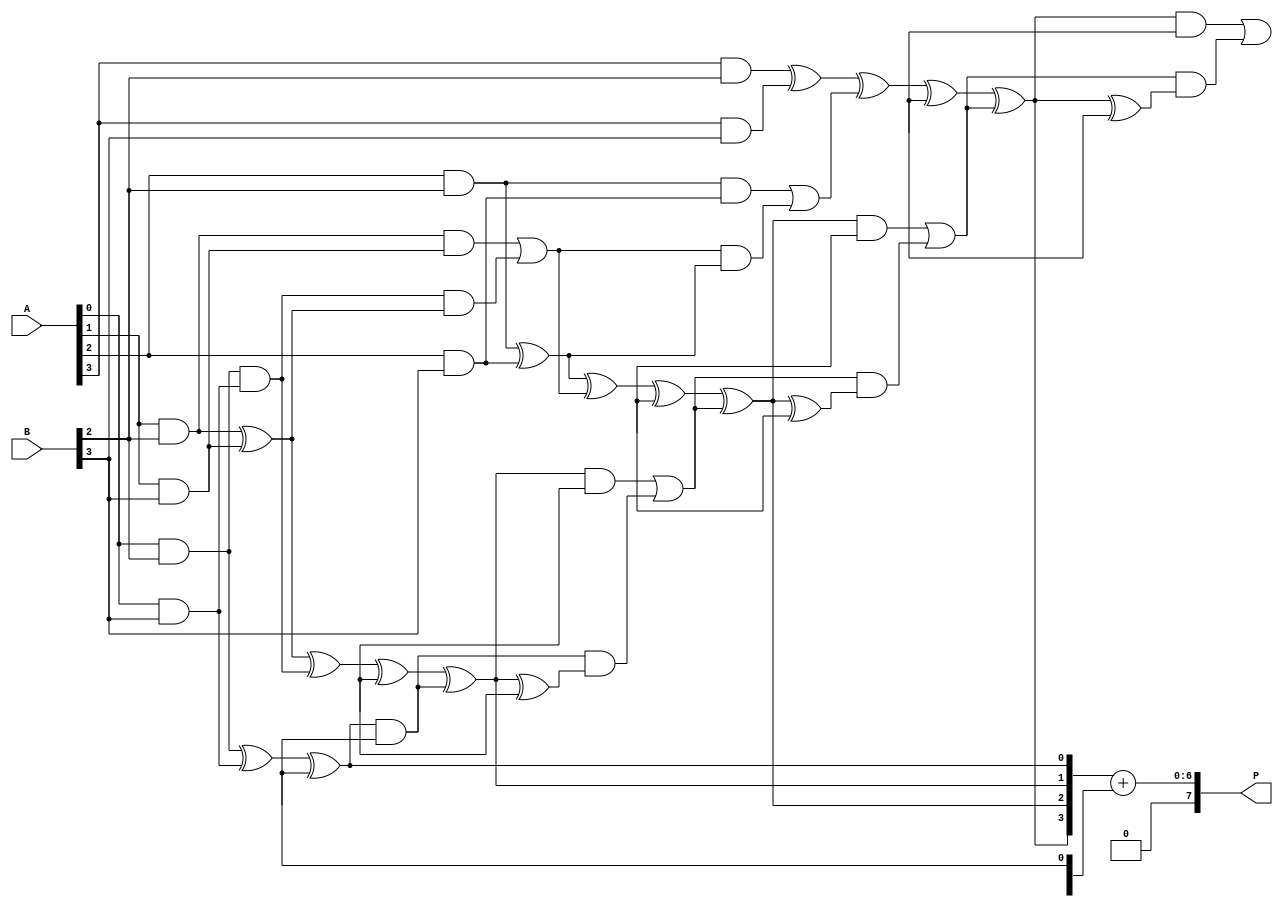
module dadda_multiplier #(parameter N = 4) (
    input [N-1:0] A, // Multiplicand
    input [N-1:0] B, // Multiplier
    output [2*N-1:0] P // Product
);
    // Intermediate signals for partial products
    wire [N-1:0] pp[N-1:0]; // Partial products
    wire [N:0] sum[N-1:0]; // Sum outputs
    wire [N:0] carry[N-1:0]; // Carry outputs

    // Generate partial products
    genvar i, j;
    generate
        for (i = 0; i < N; i = i + 1) begin : gen_pp
            for (j = 0; j < N; j = j + 1) begin : pp_gen
                assign pp[i][j] = A[j] & B[i];
            end
        end
    endgenerate

    // Dadda reduction stages
    // Stage 1: Combine bits to reduce rows
    generate
        for (i = 0; i < N-1; i = i + 1) begin : stage1
            if (i % 2 == 0) begin
                assign sum[i][0] = pp[i][0] ^ pp[i+1][0];
                assign carry[i][0] = pp[i][0] & pp[i+1][0];
            end else begin
                assign sum[i][0] = pp[i][0];
                assign carry[i][0] = 0;
            end
            for (j = 1; j < N; j = j + 1) begin : stage1_inner
                assign sum[i][j] = pp[i][j] ^ pp[i+1][j] ^ carry[i][j-1];
                assign carry[i][j] = (pp[i][j] & pp[i+1][j]) | (carry[i][j-1] & (pp[i][j] ^ pp[i+1][j]));
            end
        end
    endgenerate

    // Stage 2: Combine bits again
    generate
        for (i = 0; i < N-1; i = i + 1) begin : stage2
            if (i % 2 == 0) begin
                assign sum[i][0] = sum[i][0] ^ sum[i+1][0];
                assign carry[i][0] = sum[i][0] & sum[i+1][0];
            end else begin
                assign sum[i][0] = sum[i][0];
                assign carry[i][0] = 0;
            end
            for (j = 1; j < N; j = j + 1) begin : stage2_inner
                assign sum[i][j] = sum[i][j] ^ sum[i+1][j] ^ carry[i][j-1];
                assign carry[i][j] = (sum[i][j] & sum[i+1][j]) | (carry[i][j-1] & (sum[i][j] ^ sum[i+1][j]));
            end
        end
    endgenerate

    // Final addition of the last two rows
    wire [2*N-1:0] final_sum;
    assign final_sum = {carry[N-2][N-1], sum[N-2]} + {1'b0, sum[N-1]};

    // Output the final product
    assign P = final_sum;

endmodule